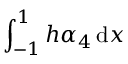
\int _ { - 1 } ^ { 1 } h \alpha _ { 4 } \, \mathrm { d } x